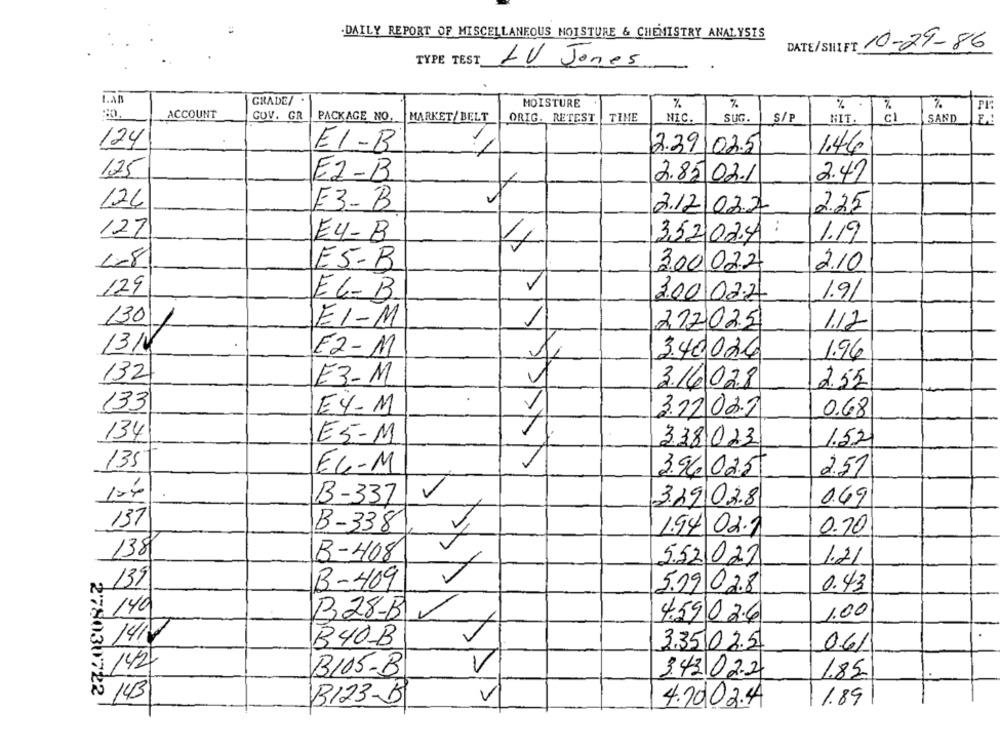
.DAILY REPORT OF MISCELLANEOUS MOISTURE & CHEMISTRY ANALYSIS
DATE/SIFT 10-29-86
TYPE TEST
1V Jones
1.An
GRADE/
MOISTURE
%
%
%
.
FI:
ACCOUNT
GOV. GR |PACKAGE NO.
MARKET/ BELT
ORIG. RETEST
TIME
NIC.
SUG.
S/P
NIT.
cl
SAND
124
EI-B
2.39.02.51
1.46
125
E2-B
2.85.02.1
2.47
JUSSKKWXY
124
E3-B
2.12.02.2
2.25
127
E4-B
3,52 02.44 :
1.19
4
4-8
E5-B
300022
2.10
111
129
EL-B
3.00.02.2
1.9/
1301
EI-M
1
2.12.02.5
1.12
13/4
EZ-M
3.40020
1.96
132
E3-M
2.55
3.16028
133
EY-M
3.2202.2
0.68
134
ES-M
338023
1.52
135
EG-M
3.96 02.5
251
B-337
32902.8
0.69
137
B-338
1.94.02.1
0.70
4
138
B-408
5.52027
1.21
, 139
B-409
5.09 028
0.43
: 140
B28-B
1.00
4.59026
:1410
B40-B
3.35.02.5
06/
142
B105-B
V
XA
3.43.02.2
1.85
278030722
143
V
B123-5
4.20.02.4
1.89